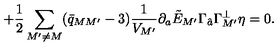
\qquad \qquad \qquad \qquad + { \frac { 1 } { 2 } } \sum _ { M ^ { \prime } \neq M } ( \bar { q } _ { M M ^ { \prime } } - 3 ) { \frac { 1 } { V _ { M ^ { \prime } } } } \partial _ { a } \tilde { E } _ { M ^ { \prime } } \Gamma _ { \hat { a } } \Gamma _ { M ^ { \prime } } ^ { \perp } \eta = 0 .